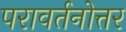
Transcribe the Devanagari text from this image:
परावर्तनोत्तर